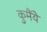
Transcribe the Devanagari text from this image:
कुमैंये